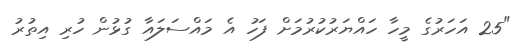
"25 އަހަރުގެ މީހާ ހައްޔަރުކުރުމަށް ފަހު އެ މައްސަލައާ ގުޅުން ހުރި އިތުރު